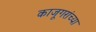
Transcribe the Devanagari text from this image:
काजूगरांच्या